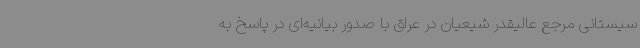
سیستانی مرجع عالیقدر شیعیان در عراق با صدور بیانیه‌ای در پاسخ به